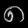
Digit: ၈